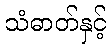
သံဓာတ်နှင့်